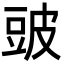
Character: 䜵